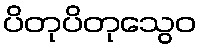
ပိတုပိတုသွေဝ